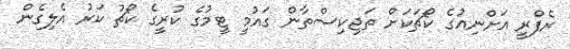
ރެފްރީ އަށްނިއުގެ ކޯޗަކަށް ތަޖިކިސްތާން ގައުމީ ޓީމުގެ ކުރީގެ ކޯޗު ކަރު އެލިގެން